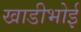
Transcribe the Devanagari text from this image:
खाडीभोई